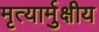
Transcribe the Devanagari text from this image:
मृत्यार्मुक्षीय